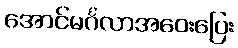
အောင်မင်္ဂလာအဝေးပြေး